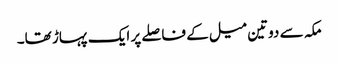
مکہ سے دوتین میل کے فاصلے پر ایک پہاڑ تھا۔